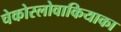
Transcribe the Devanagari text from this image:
चेकोस्लोवाकियाका